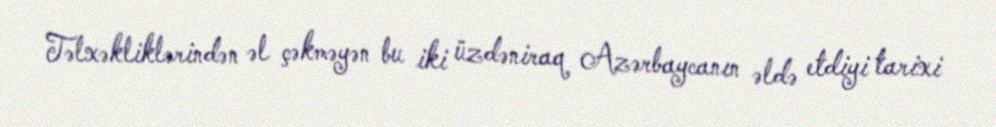
Təlxəkliklərindən əl çəkməyən bu iki üzdəniraq Azərbaycanın əldə etdiyi tarixi